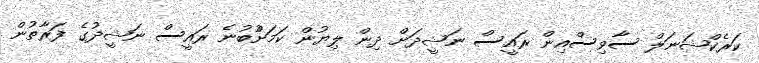
ކަރެކްޝަނަލް ސާވިސްއިން ރައީސް ނަޝީދަށް ދިން ލިޔުން ކަމަށްުބުނެ ރައީސް ނަޝީދުގެ ފަރާތުން